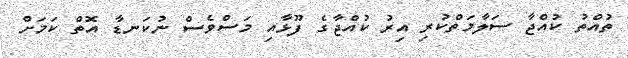
ތުއްތު ކުއްޖާ ސަލާމަތްކުރި އިރު ކުއްޖާގެ ފޫޅާއި މަސްވެސް ނުކަނޑާ އޮތް ކަމަށް